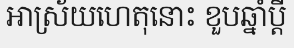
អាស្រ័យហេតុនោះ ខួបឆ្នាំប្តី